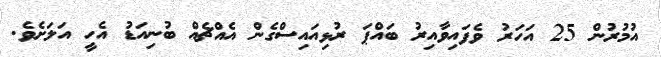
އުމުރުން 25 އަހަރު ވެފައިވާއިރު ބައްޕަ ރުޅިއައިސްގެން އެއްޗެއް ބުނިއަޑު އެހީ އަލަށެވެ.